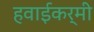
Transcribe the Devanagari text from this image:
हवाईकर्मी